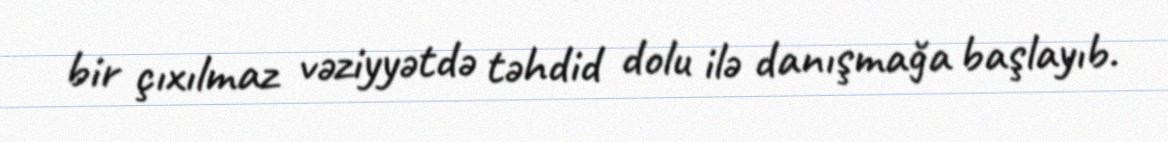
bir çıxılmaz vəziyyətdə təhdid dolu ilə danışmağa başlayıb.